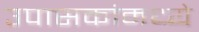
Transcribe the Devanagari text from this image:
उपासकांमध्ये